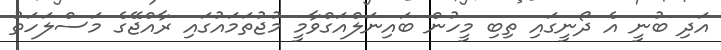
އަދި ބުނީ އެ ދޯނީގައި ތިބި މީހުން ބައިނަލްއަގްވާމީ މުޖުތަމައުގައި ރާއްޖޭގެ މަސްލަހަތު